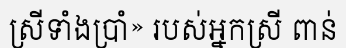
ស្រីទាំងប្រាំ» របស់អ្នកស្រី ពាន់